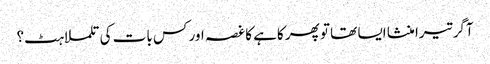
آگر تیرا منشا ایسا تھا تو پھر کاہے کا غصہ اور کس بات کی تلملاہٹ؟